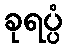
ခုရပ္ပံ